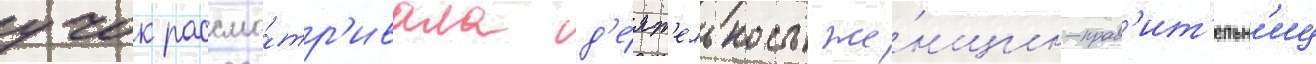
учок рассма́тр'ивала д'е́ят'ельность же́нщин-прав'ит'ельн'иц